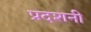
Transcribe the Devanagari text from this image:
प्रदशनी